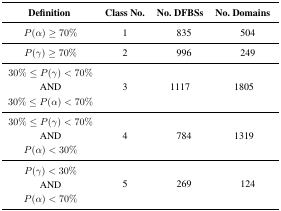
<table><thead><tr><td><b>Definition</b></td><td><b>Class No.</b></td><td><b>No. DFBSs </b></td><td><b>No. Domains</b></td></tr></thead><tbody><tr><td><i>P</i>(<i>α</i>) ≥ 70%</td><td>1</td><td>835</td><td>504</td></tr><tr><td><i>P</i>(<i>γ</i>) ≥ 70%</td><td>2</td><td>996</td><td>249</td></tr><tr><td>30% ≤ <i>P</i>(<i>γ</i>) &lt; 70%AND30% ≤ <i>P</i>(<i>α</i>) &lt; 70%</td><td>3</td><td>1117</td><td>1805</td></tr><tr><td>30% ≤ <i>P</i>(<i>γ</i>) &lt; 70%AND<i>P</i>(<i>α</i>) &lt; 30%</td><td>4</td><td>784</td><td>1319</td></tr><tr><td><i>P</i>(<i>γ</i>) &lt; 30%AND<i>P</i>(<i>α</i>) &lt; 70%</td><td>5</td><td>269</td><td>124</td></tr></tbody></table>